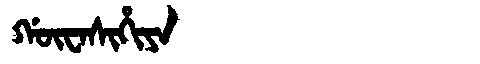
Manchu: ᡤᡡᠸᠠᠰᡳᡥᡳᠶᠠ
Romanization: GŪWASIHIYA